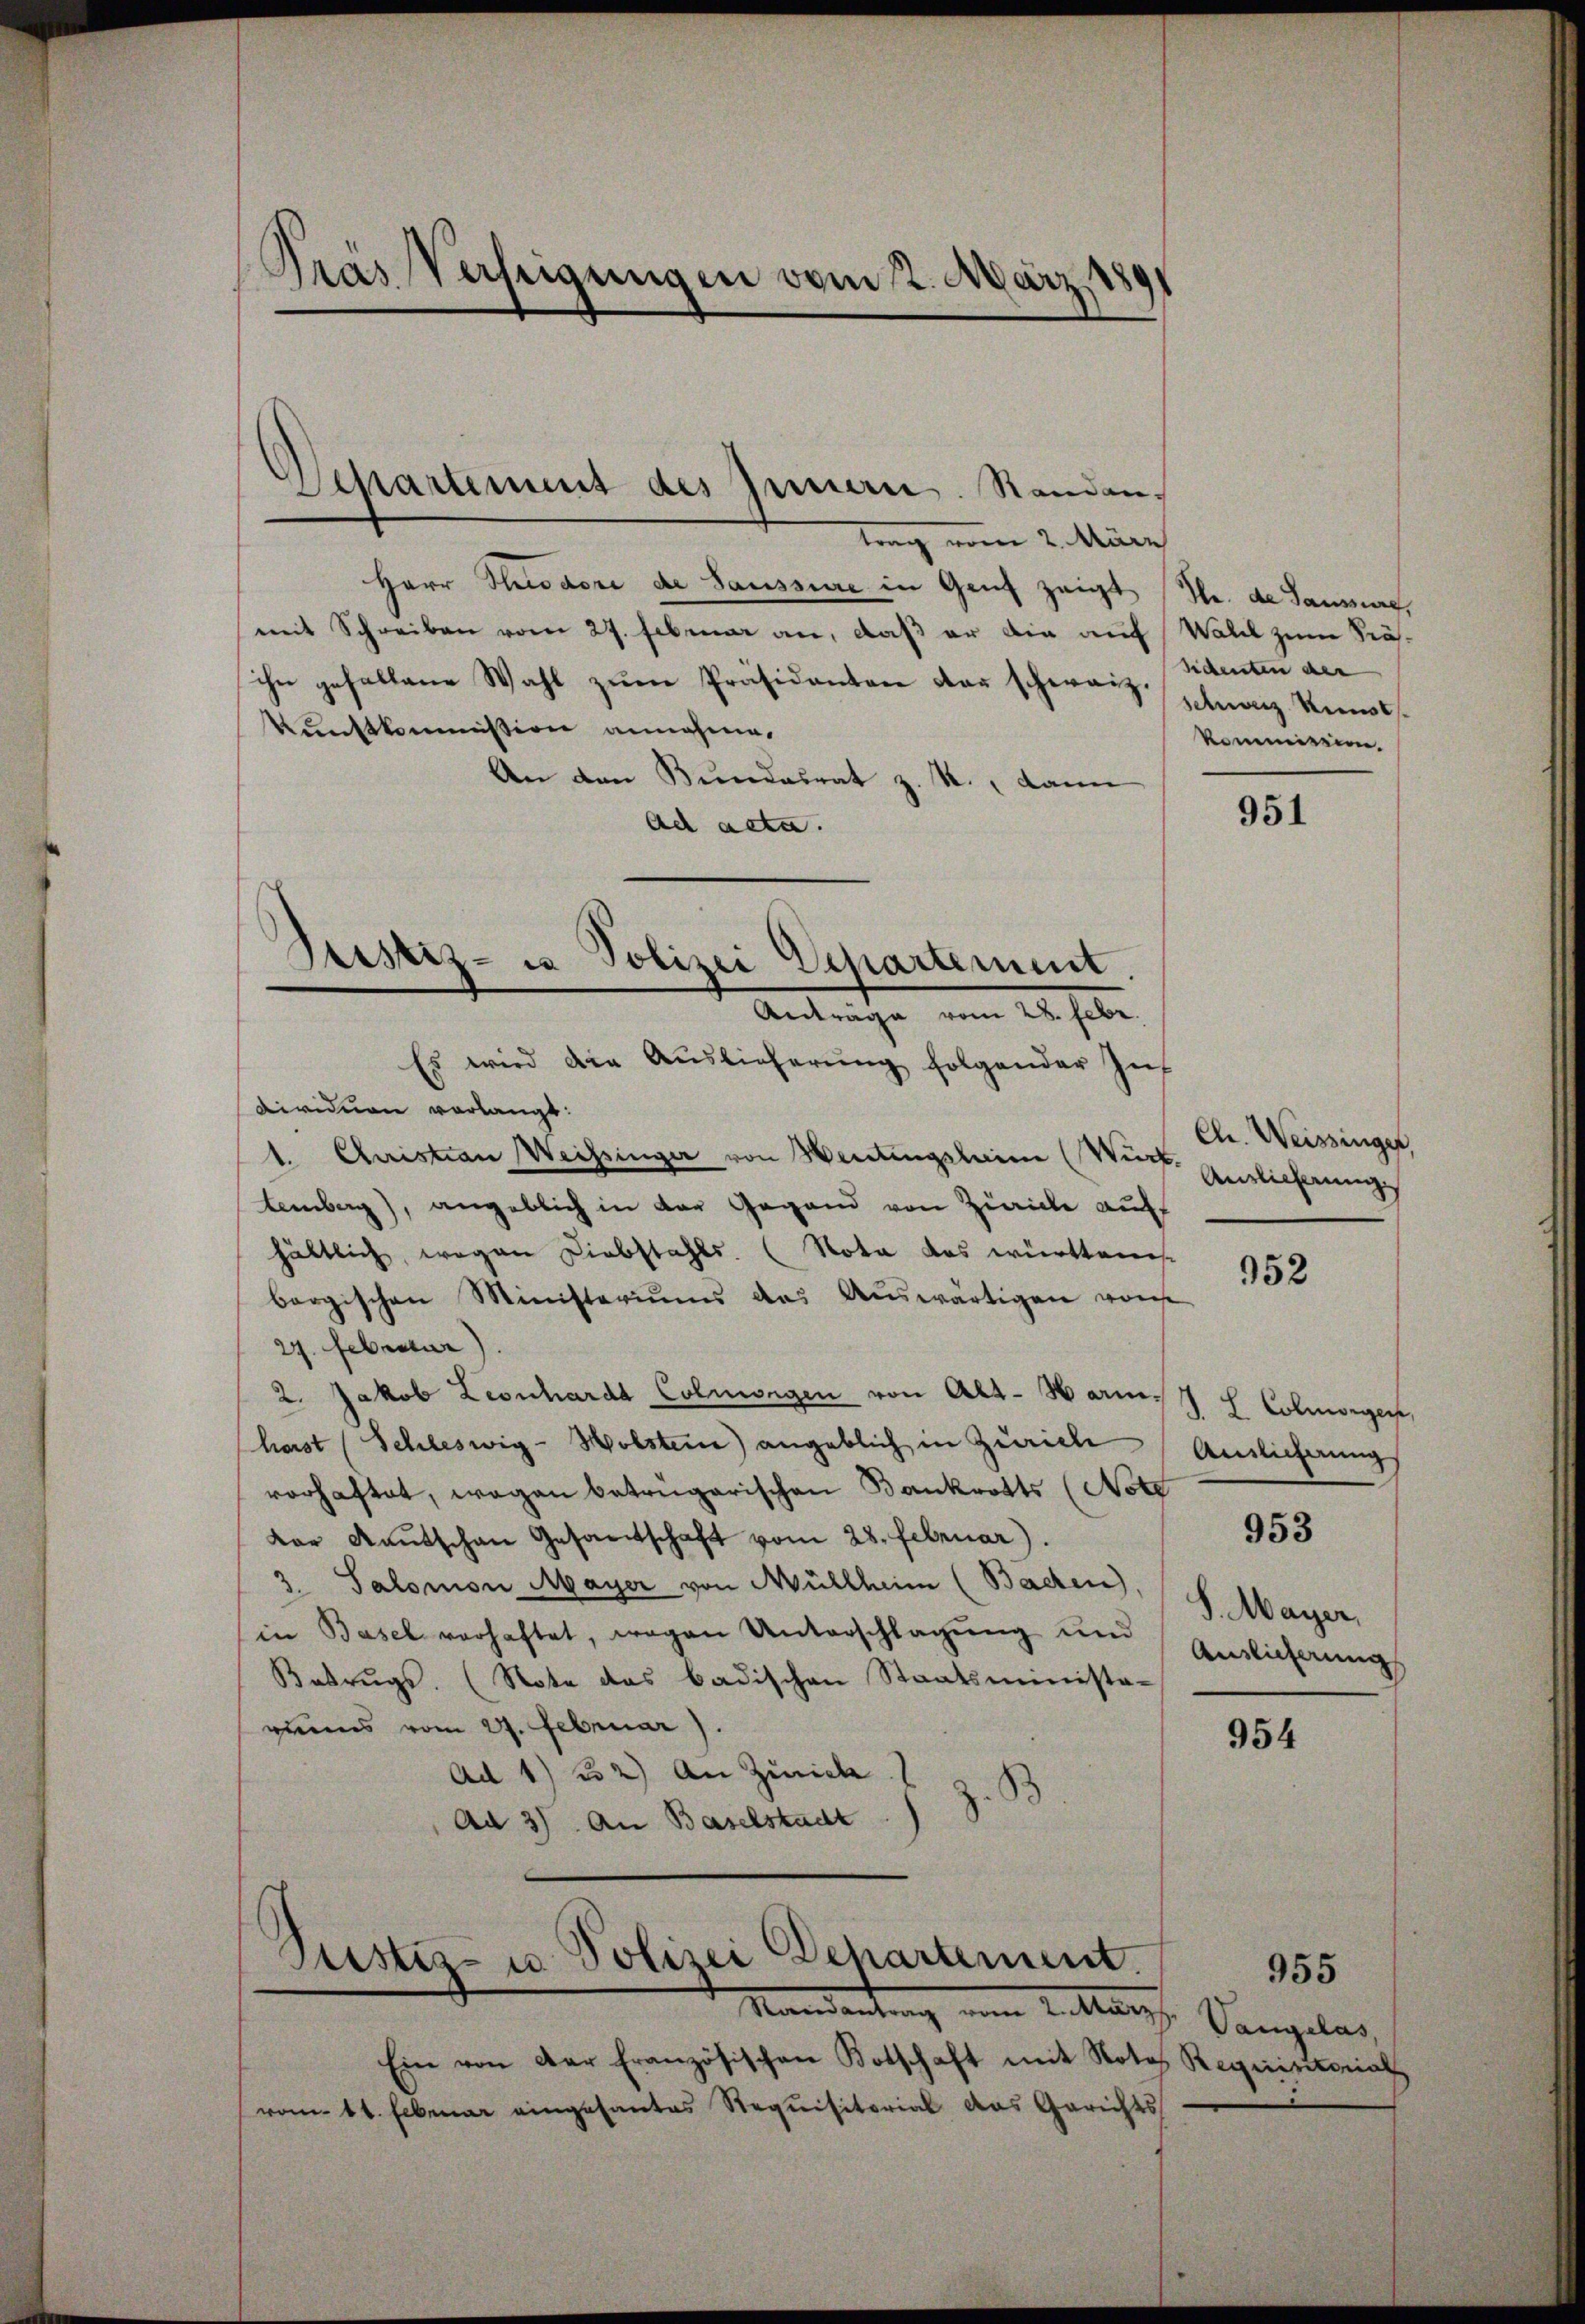
Pras Verfügungen vom 2. März 189

trag vom 2. März
Herr Theodore de Saussere in Genf zeigt (S. de Sause,
mit Schreiben vom 27. Februar an, daß er die auf Wald zum Srä-
ihn gefallene Wahl zum Präsidanten der schwarz schnaiz Stundes¬
Kunstkommission annahme.
An den Bundesrat z. R., dann
ad acta.
Dividuen verlangt:
1. Christian Weissinger von Sentingsleim (Wirt
Lemberg), angeblich in der Gegend von Zürich auf
hältlich, wegen Liebstahls. (Nota das württem
bergischen Ministeriums das Aŭswärtigen von
24. Februar
2. Jakob Leonhardt Colmsigen von Alt-Harmharst (Schleswig-Holstein) angeblich in Zürich
vorhaftet, wegen betrügerischen Bankrotts (Note
Dar Kautschen Gesamtschaft vom 28. Februar).
3. Salomon Mayer von Müllheim (Bachen),
in Basel verhaftet, wegen Unterschlagung und Auslicherungs
Babrŭgs. (Note das badischen Staatsminista-
gens vom 27. Februar).
Ad 1) 2) An Zürich
)
Ad 3) An Baselstadt

Separtement des Innern. Randan¬

Geistiz- u Polizei Departement.
Anträge vom 28. Febr.
Es wird die Auslieferung folgender Zuf

Justiz- u Polizei Departement.
Mandartung von Lutter Sangelas,

Ein von der Französischen Botschaft mit Note Requisitorial
vom 11. Februar eingesantes Requisitorial das Gerichts

sidenten der
kommission.

951

Ch. Weissinger,
Anzlicherung.

952

J. L. Colmorgen,
Ansicherung

953

S. Mayer,

954

955